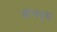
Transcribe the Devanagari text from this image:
डोमबुस